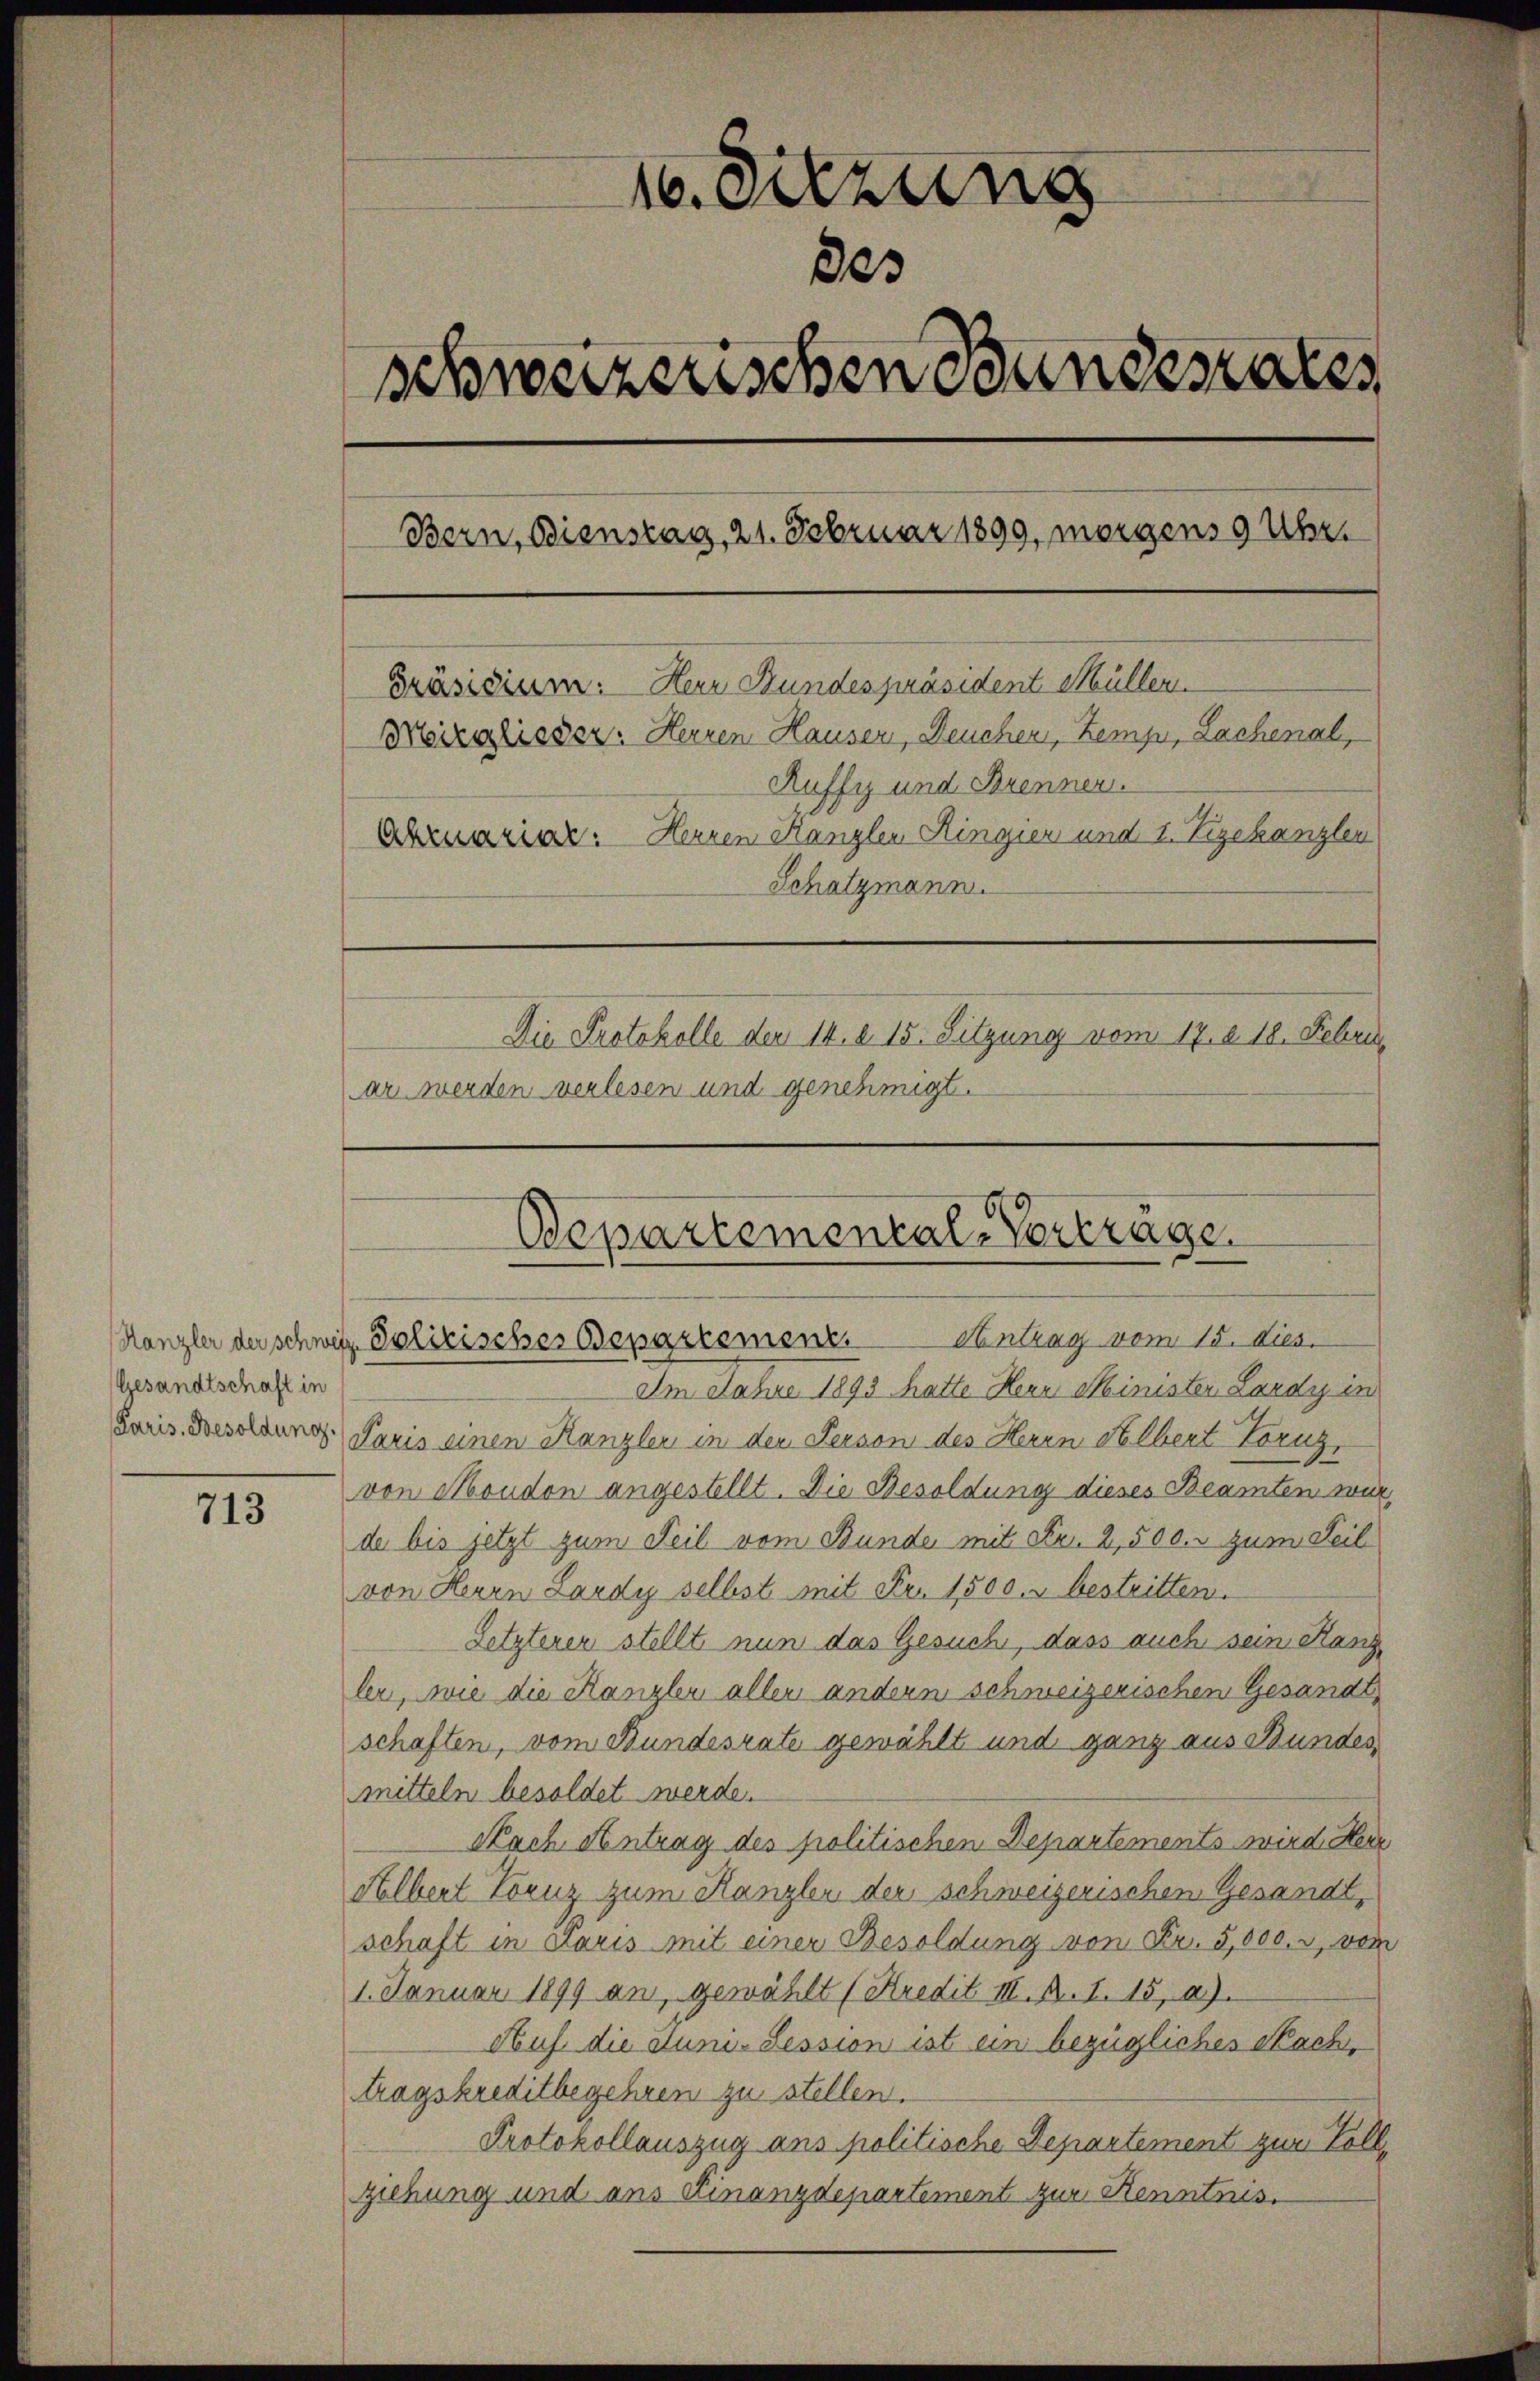
Gesandtschaft in

713

16. Sitzung
303
schweizerischen Bundesrates
Bern, Dienstag, 21. Februar 1899, morgens 9 Uhr.
Präsidium: Herr Bundespräsident Müller.
Mezglisser. Herren Hauser, Deuchen, Zemp, Lachenal,
Ruffyz und Brennen.
Abruariar: Herren Kanzler Hingier und 1. Vizekanzler
Schatzmann.
Die Protokolle der 14. d. 15. Sitzung vom 17. d. 12. Febru
ar werden verlesen und genehmigt.

Departemental-Vortrage
Antrag vom 15. dies
Kanzler der schweiz. Polizisches Departement.

Im Jahre 1893 hatte Herr Minister Lardy in
Louis Besoldung. Paris einen Kanzler in der Person des Herrn Albert Zornz,
von Moudon angestellt. Die Besoldung dieses Beamten würde bis jetzt zum Teil vom Bunde mit Fr. 2,500. zum Teil
von Herrn Lardy selbst mit Fr. 1500. u bestritten.
Letzteren stellt nun das Gesuch, dass auch sein Kanzler, wie die Kanzler aller andern schweizerischen Gesandt
schaften, vom Bundesrate gewählt und ganz aus Bundes
mitteln besoldet werde.
Nach Antrag des politischen Departements wird Herz
Albert Toruz zum Kanzler der schweizerischen Gesandt,
schaft in Paris mit einer Besoldung von Fr. 5,000. r, von
1. Januar 1899 an, gewählt (Kredit III. B. 1. 15, 2).
Auf die Stuni-Lession ist ein bezüglicher Sach,
tragskreditbegehren zu stellen.
Protokollauszug ans politische Departement zur Vollziehung und aus Finanzdepartement zur Kenntnis.